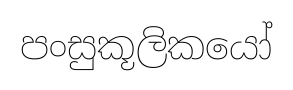
පංසුකූලිකයෝ